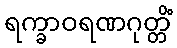
ရက္ခာဝရဏဂုတ္တိံ